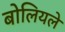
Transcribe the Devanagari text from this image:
बोलियले